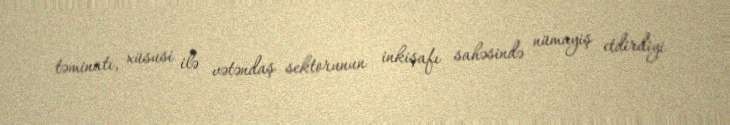
təminatı, xüsusi ilə vətəndaş sektorunun inkişafı sahəsində nümayiş etdirdiyi